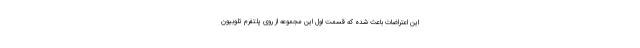
این اعتراضات باعث شده که قسمت اول این مجموعه از روی پلتفرم تلوبیون